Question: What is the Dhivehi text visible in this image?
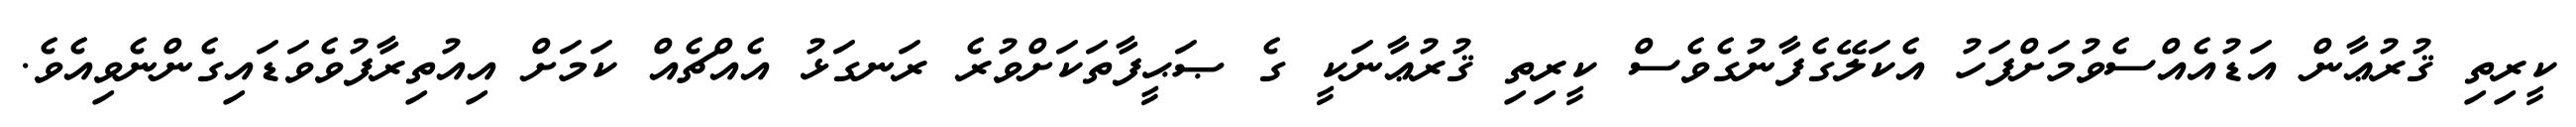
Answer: ކީރިތި ޤުރުޢާން އަޑުއެއްސެވުމަށްފަހު އެކަލޭގެފާނުގެވެސް ކީރިތި ޤުރުޢާނަކީ ގެ ޞަޙީފާތަކަށްވުރެ ރަނގަޅު އެއްޗެއް ކަމަށް އިއުތިރާފުވެވަޑައިގެންނެވިއެވެ.